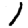
Digit: 1